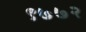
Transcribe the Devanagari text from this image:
९७७२